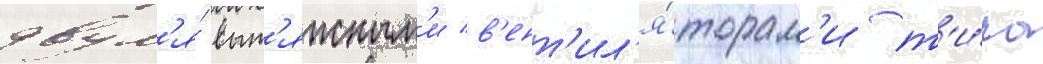
двум'я́ выт'яжным'и в'ент'ил'я́торам'и т'и́па